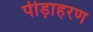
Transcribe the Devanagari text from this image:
पीड़ाहरण